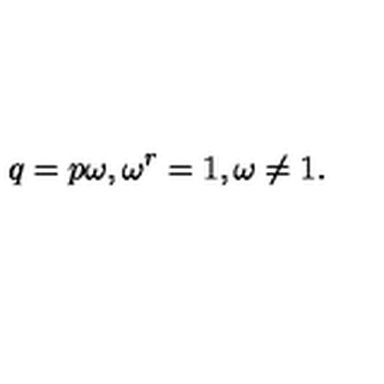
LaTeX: q = p \omega , \mathrm { } \omega ^ { r } = 1 , \omega \neq 1 .